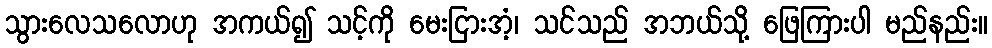
သွားလေသလောဟု အကယ်၍ သင့်ကို မေးငြားအံ့၊ သင်သည် အဘယ်သို့ ဖြေကြားပါ မည်နည်း။